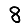
Digit: 8